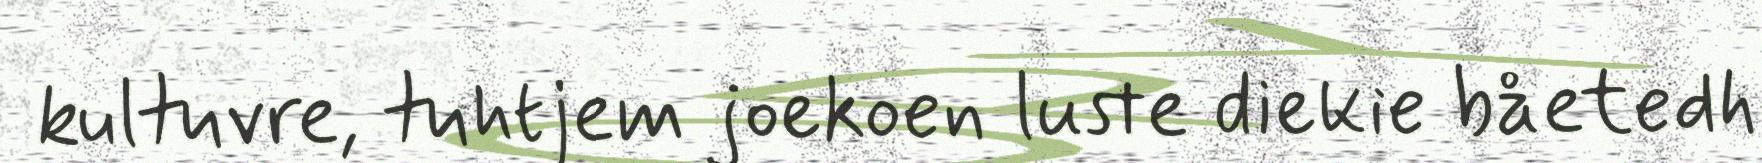
kultuvre, tuhtjem joekoen luste diekie båetedh